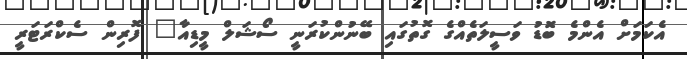
އެކަމަށް އެންމެ ބޮޑު ވަސީލަތެއްގެ ގޮތުގައި ބޭނުންކުރަނީ ސޯޝަލް މީޑިއާ" ފޮރިން ސެކްރަޓަރީ